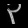
Digit: ၃